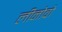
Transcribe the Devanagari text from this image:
लीनोवो